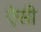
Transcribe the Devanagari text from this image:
एेसी